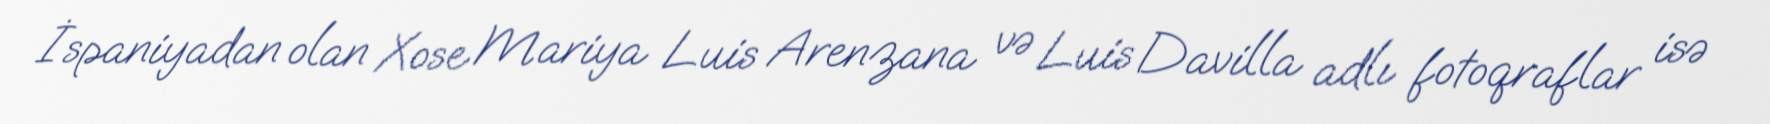
İspaniyadan olan Xose Mariya Luis Arenzana və Luis Davilla adlı fotoqraflar isə